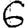
Digit: 6